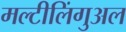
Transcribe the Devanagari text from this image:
मल्टीलिंगुअल